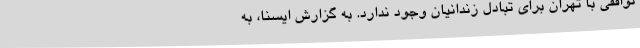
توافقی با تهران برای تبادل زندانیان وجود ندارد. به گزارش ایسنا، به